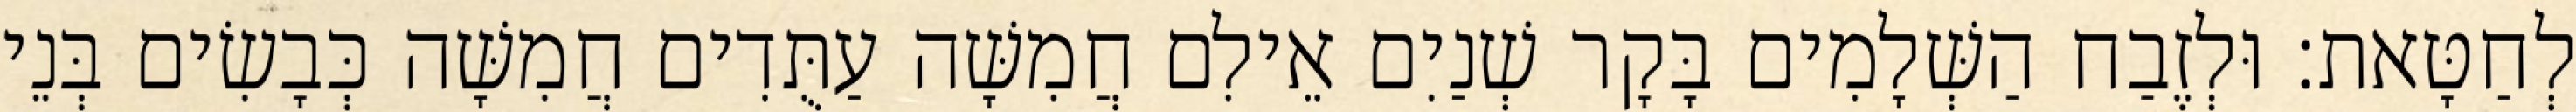
לְחַטָּאת׃ וּלְזֶבַח הַשְּׁלָמִים בָּקָר שְׁנַיִם אֵילִם חֲמִשָּׁה עַתֻּדִים חֲמִשָּׁה כְּבָשִׂים בְּנֵי